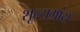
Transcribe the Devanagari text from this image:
शूल्यमांस